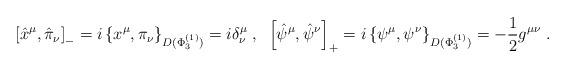
LaTeX: \begin{align*}\left[\hat{x}^\mu,\hat{\pi}_\nu\right]_{-}=i\left\{x^\mu,\pi_\nu\right\}_{D(\Phi^{(1)}_3)}=i\delta^\mu_\nu\;,\;\;\left[\hat{\psi}^\mu,\hat{\psi}^\nu\right]_{+}=i\left\{\psi^\mu,\psi^\nu\right\}_{D(\Phi^{(1)}_3)}=-\frac{1}{2}g^{\mu \nu}\;.\end{align*}